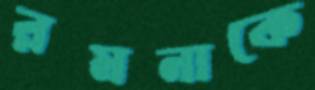
রমনাকে